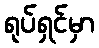
ရုပ်ရှင်မှာ